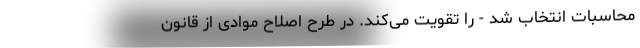
محاسبات انتخاب شد - را تقویت می‌کند. در طرح اصلاح موادی از قانون